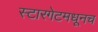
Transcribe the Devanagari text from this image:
स्टारगेटमधूनच